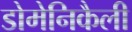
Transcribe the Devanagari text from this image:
डोमेनिकैली